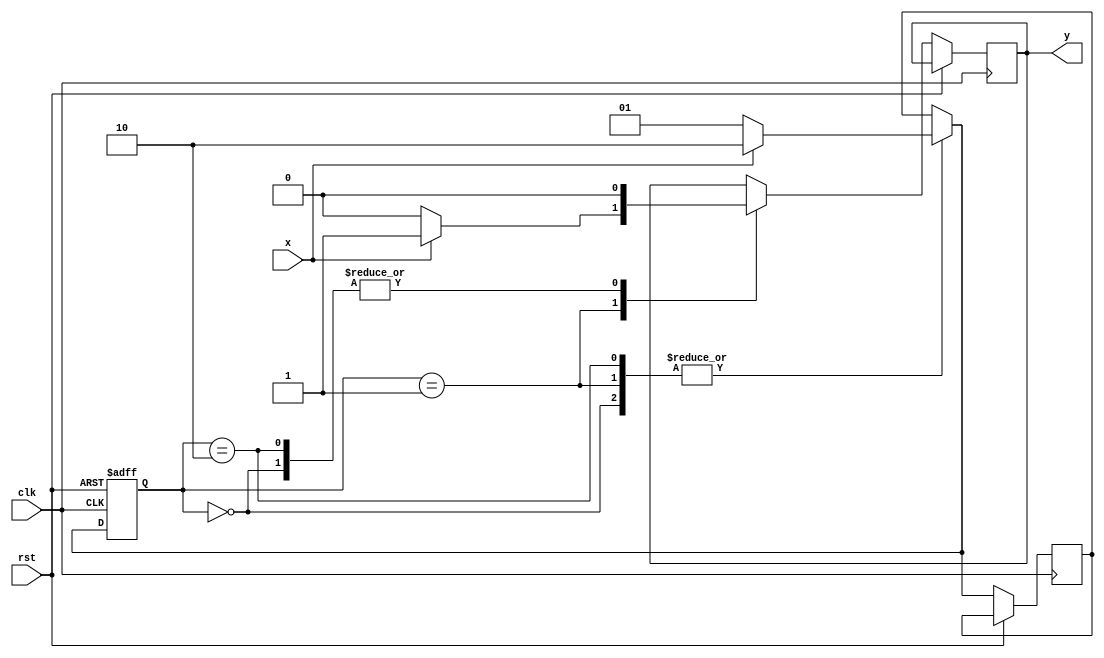
`timescale 1ns / 1ps
//////////////////////////////////////////////////////////////////////////////////
// Company: 
// Engineer: 
// 
// Design Name: 
// Module Name:    FSM6 
// Project Name: 
// Target Devices: 
// Tool versions: 
// Description: 
//
// Dependencies: 
//
// Revision: 
// Revision 0.01 - File Created
// Additional Comments: 
//
//////////////////////////////////////////////////////////////////////////////////
module FSM6(input x , clk , rst , output reg y);
parameter Si = 2'b00;
parameter S0 = 2'b01;
parameter S1 = 2'b10;
reg [1:0]p,n;

always @(posedge clk or posedge rst)
begin
	if(rst) p = Si;
	else
		begin
			case({p})
				Si : 
					begin
						
						if(x) begin n = S1; y = 0; end
						else begin n = S0; y = 0; end
					end
				S0 : 
					begin
						if(x) begin n = S1; y = 1; end
						else  begin n = S0; y = 0; end
					end
				S1 : 
					begin
						if(x) begin n = S1; y = 0; end
						else  begin n = S0; y = 0; end
					end
			endcase
			p = n;
		end
	end
endmodule